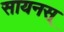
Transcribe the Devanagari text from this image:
सायनस्